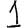
Digit: 1